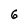
Character: 6